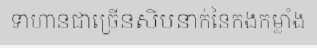
ទាហានជាច្រើនសិបនាក់នៃកងកម្លាំង